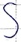
Text: S